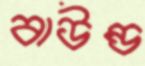
বাউন্ড